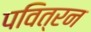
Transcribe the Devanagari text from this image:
पवित्रन